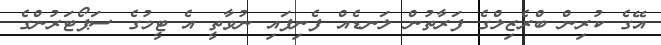
އޭގެ ކުރިން ބްރެޒިލްގެ ފަރާތުން ލަނޑެއް ފެނިފައި ނުވާތީ އެ ޓީމުގެ ސަޕޯޓަރުންގެ